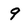
Character: 9